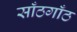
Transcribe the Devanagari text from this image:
साँठगाँठ